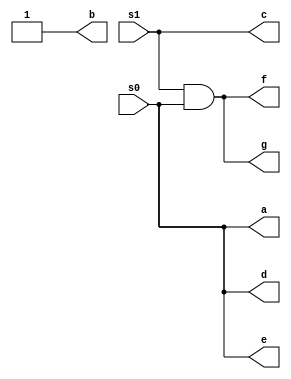
// Modulo que maneja display de 7 segmentos
module display (s1, s0, a, b, c, d, e, f, g);

    input s1, s0;
    output a, b, c, d, e, f, g;

    assign a = s0;
    assign b = 1;
    assign c = s1;
    assign d = s0;
    assign e = s0;
    assign f = s1 & s0;
    assign g = s1 & s0;

endmodule